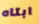
ابتاه